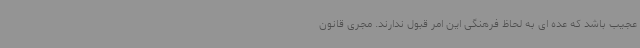
عجیب باشد که عده ای به لحاظ فرهنگی این امر قبول ندارند. مجری قانون